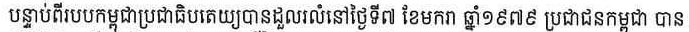
បន្ទាប់ពីរបបកម្ពុជាប្រជាធិបតេយ្យបានដួលរលំនៅថ្ងៃទី៧ ខែមករា ឆ្នាំ ១៩៧៩ ប្រជាជនកម្ពុជា បាន